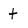
Character: t